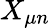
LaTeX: X_{\mu n}